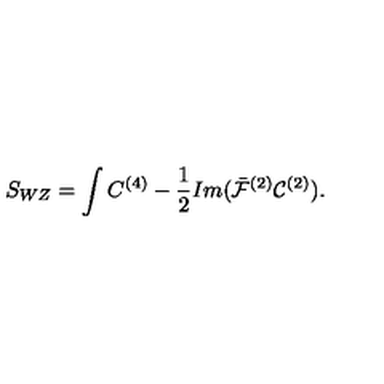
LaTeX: S _ { W Z } = \int C ^ { ( 4 ) } - \frac { 1 } { 2 } I m ( \bar { \cal F } ^ { ( 2 ) } { \cal C } ^ { ( 2 ) } ) .